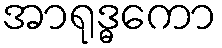
အာရုဒ္ဓကော